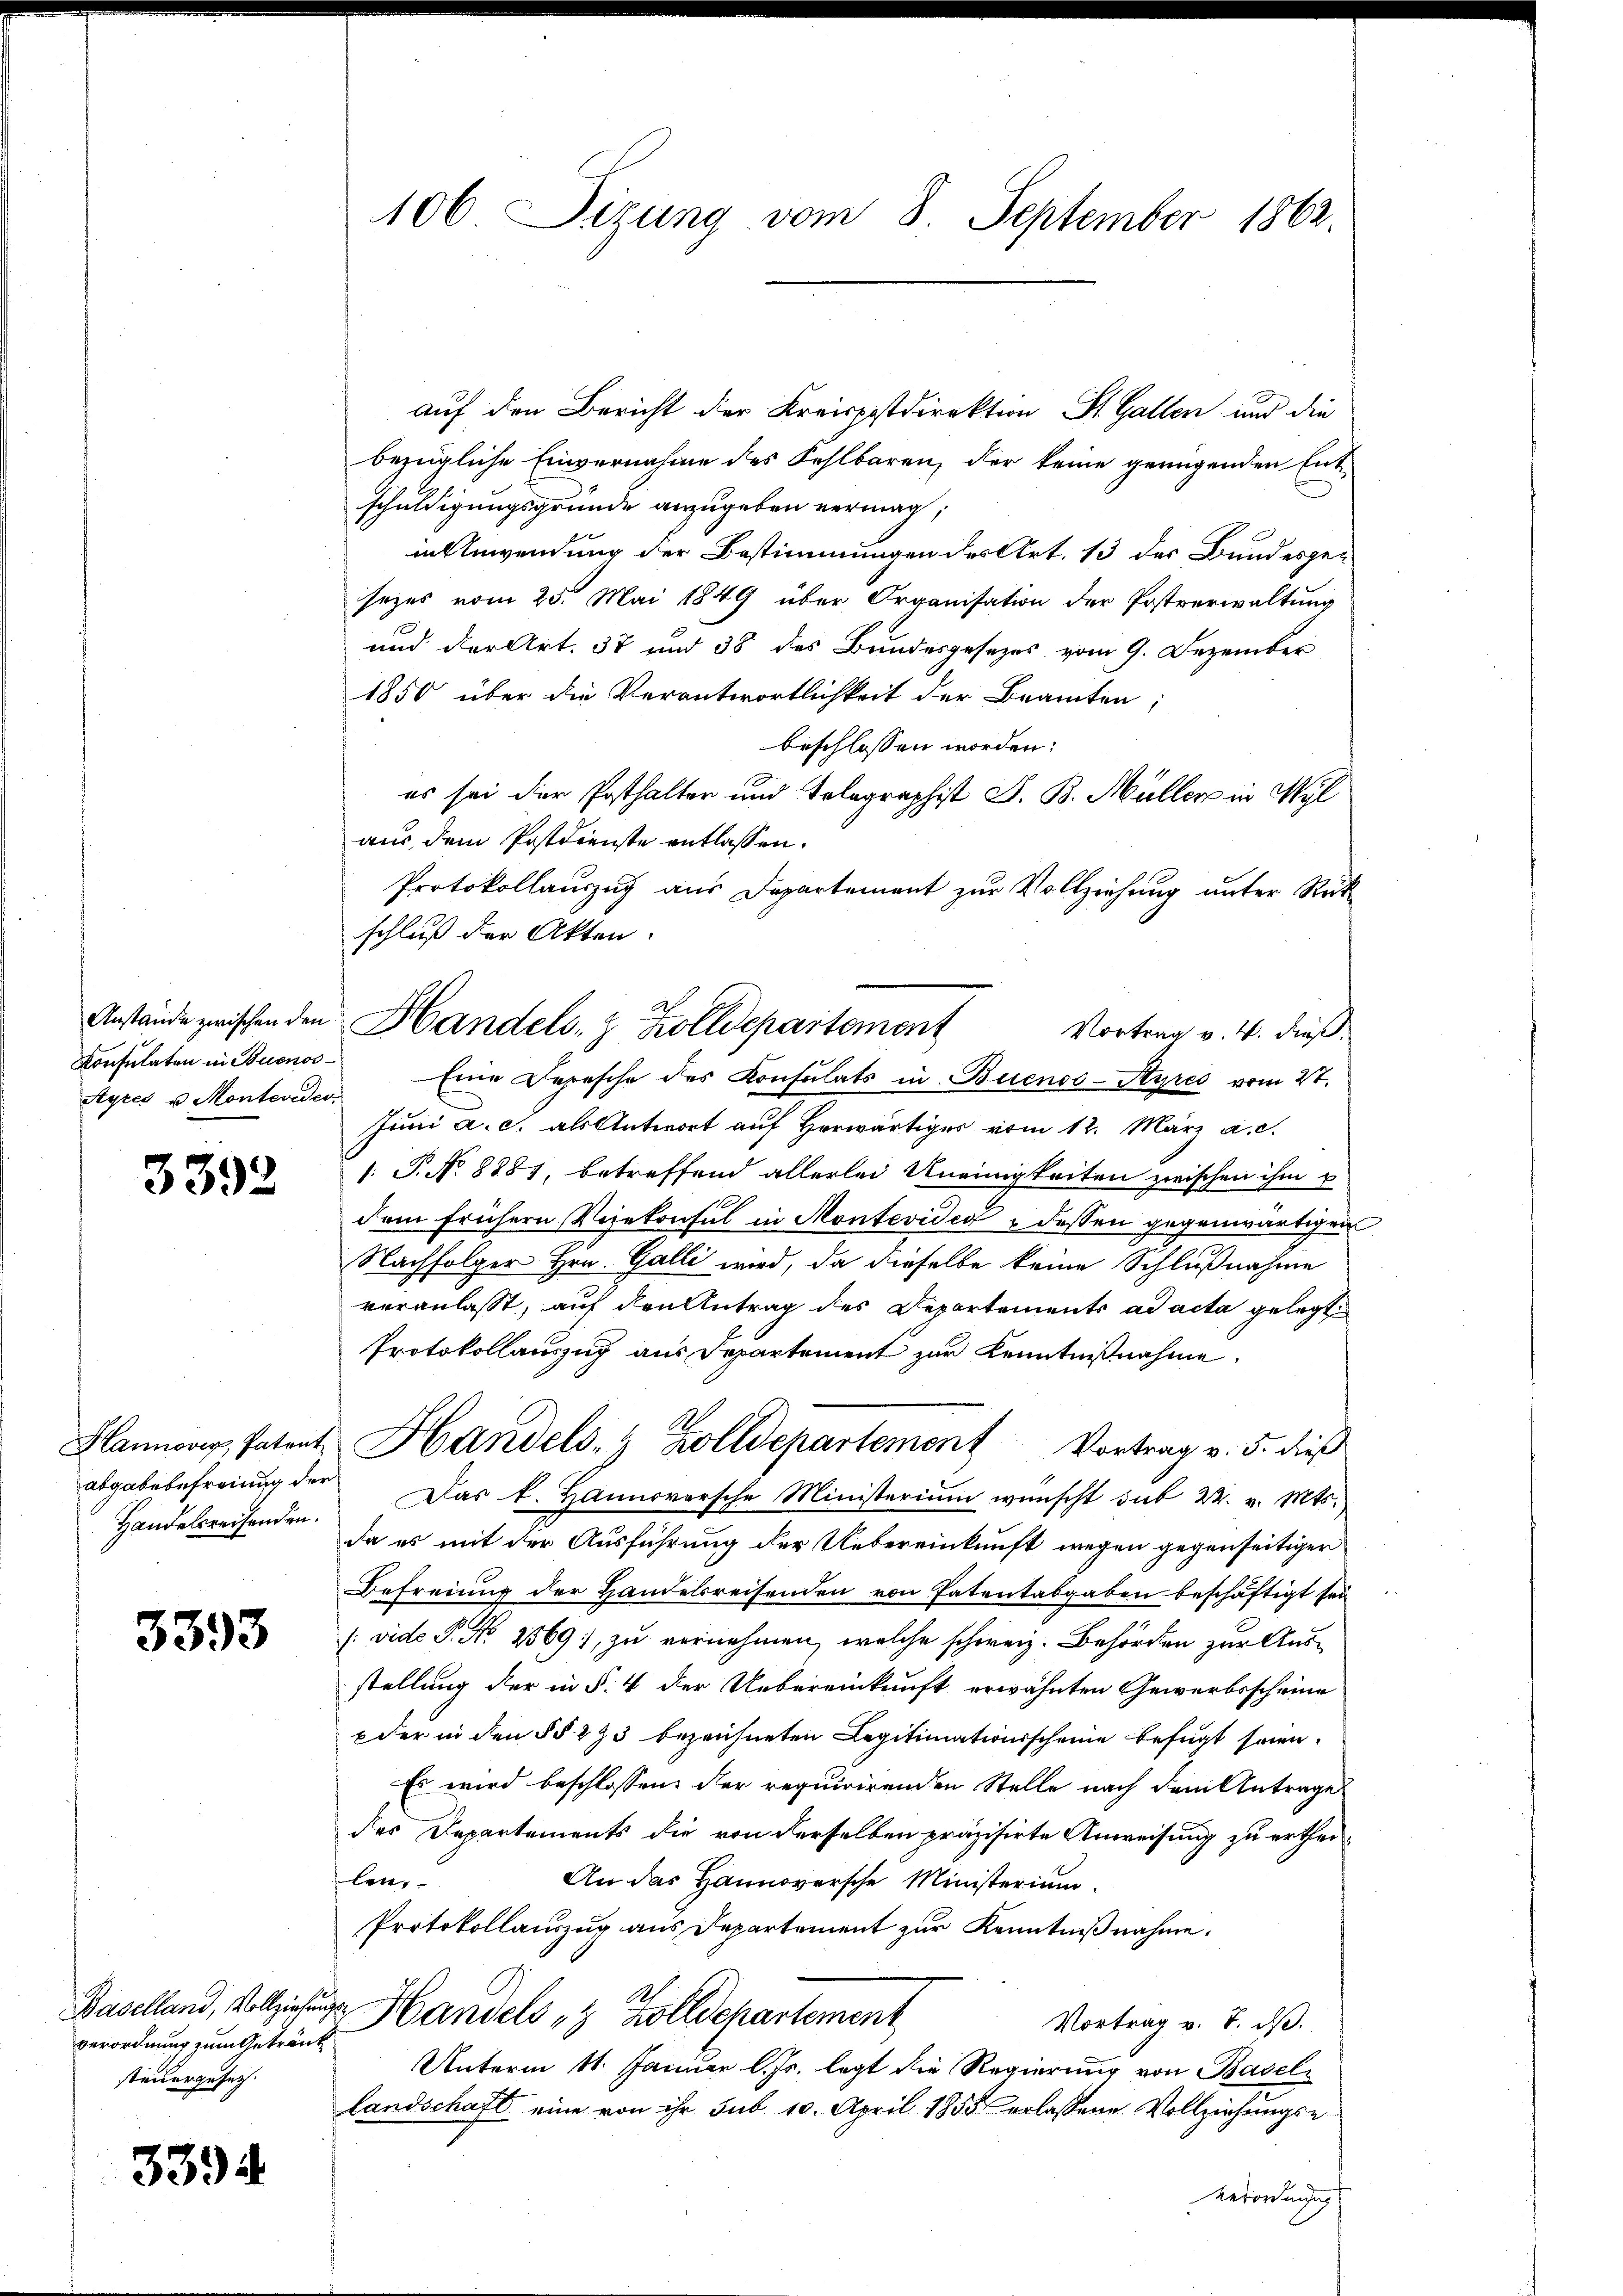
Konsulaten in Buenos¬
Ayres u. Montevider

3392

abgabebefreiung der
Handelsreisenden.

3393

verordnung zum Getränk
steuergesuch.

3394

106 Sizung vom 8. September 1862.

auf den Bericht der Kreispostdirektion St. Gallen und die
bezügliche Einvernahme des Fehlbaren, der keine genügenden Entschuldigungsgründe anzugeben vermag;
in Anwendung der Bestimmungen der Art. 13 des Bundesgesezes vom 25. Mai 1849 über Organisation der Postverwaltung
und der Art. 37 und 38 des Bundesgesezes vom 9. Dezember
1850 über die Verantwortlichkeit der Beamten,
beschlossen worden:
es sei der Posthalter und Telegraphist S. B. Müller in Wyl
aus dem Postdienste entlassen.
Protokollauszug aus Departement zur Vollziehung unter Rückschluß der Akten.
Vortrag v. 4. dieß.
Eine Depesche des Konsulats in Buenos-Ayres vom 27.
Juni a. c. als Antwort auf herwärtiger vom 12. März a. c.
1: P. No. 8887, betreffend allerlei Uneinigkeiten zwischen ihm u
dem frühern Vizekonsul in Montevides u dessen gegenwärtigen
Nachfolger Hrn. Galli wird, da dieselbe keine Schlußnahme
veranlaßt, auf den Antrag des Departements ad acta gelegt
Protokollauszug aus Departement zur Kenntnißnahme.
Hlanwog, Patent Handels- & Zolldepartement Vortrag v. 5. dieß
Das k. Hannoversche Ministerium wünscht sub 22. v. Mts.
da es mit der Ausführung der Uebereinkunft wegen gegenseitiger
Befreiung der Handelsreisenden von Patentabgaben beschäftigt sei
(vide P. Nr. 2569, zu vernehmen, welche schweiz. Behörden zur Ausstellung der in §. 4 der Uebereinkunft erwähnten Gewerbsscheine
oder in den §§ 273 bezeichneten Legitimationsscheine befugt seien.
Es wird beschlossen der requirirenden Stelle nach dem Antrage
des Departements die von derselben präzisirte Anweisung zu erthei¬
An das Hannoversche Ministerium
len.
Protokollauszug aus Departement zŭr Kenntniβnahme.
Baselland, Vollziehunge Handels " Zollschartement
Vortrag v. 7. ds.
Unterm 11. Januar l. Js. legt die Regierung von Basellandschaft eine von ihr sub 10. April 1855 erlassene Vollziehungse
Verordnung

Anstände zwischen den Handels- & Zolldepartement